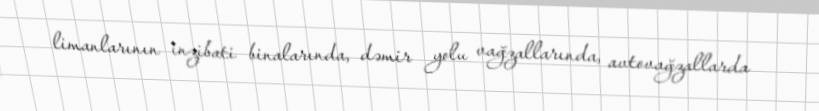
limanlarının inzibati binalarında, dəmir yolu vağzallarında, avtovağzallarda